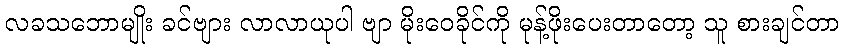
လခသဘောမျိုး ခင်ဗျား လာလာယုပါ ဗျာ မိုးဝေခိုင်ကို မုန့်ဖိုးပေးတာတော့ သူ စားချင်တာ